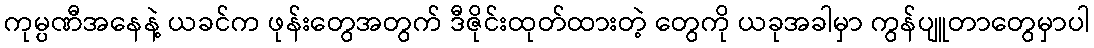
ကုမ္ပဏီအနေနဲ့ ယခင်က ဖုန်းတွေအတွက် ဒီဇိုင်းထုတ်ထားတဲ့ တွေကို ယခုအခါမှာ ကွန်ပျူတာတွေမှာပါ